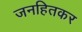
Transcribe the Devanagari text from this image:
जनहितकर